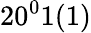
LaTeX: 20^{0}1(1)